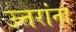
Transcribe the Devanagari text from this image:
उत्तरांना